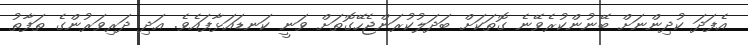
އެފަދަ ކުދިންނަށް ބޭނުންކުރެވޭނެ ގޮތަކަށް ބަދަލުކުރަންޖެހޭގޮތަށް ވަނީ ކަނޑައަޅާފައެވެ. އަދި ދަރިވަރުންގެ ތަފާތު